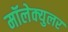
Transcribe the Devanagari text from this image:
मॉलेक्‍युलर